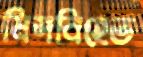
মিসবিহেভ